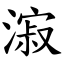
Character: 漃